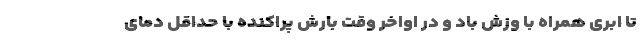
تا ابری همراه با وزش باد و در اواخر وقت بارش پراکنده با حداقل دمای